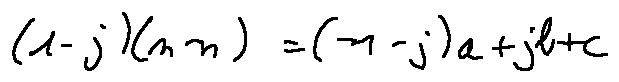
( 1 - j ) ( m - n ) = ( - 1 - j ) a + j b + c